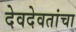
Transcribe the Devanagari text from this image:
देवदेवतांचा